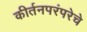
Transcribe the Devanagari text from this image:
कीर्तनपरंपरेचे